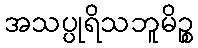
အသပ္ပုရိသဘူမိဉ္စ